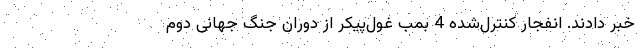
خبر دادند. انفجار کنترل‌شده 4 بمب غول‌پیکر از دوران جنگ جهانی دوم